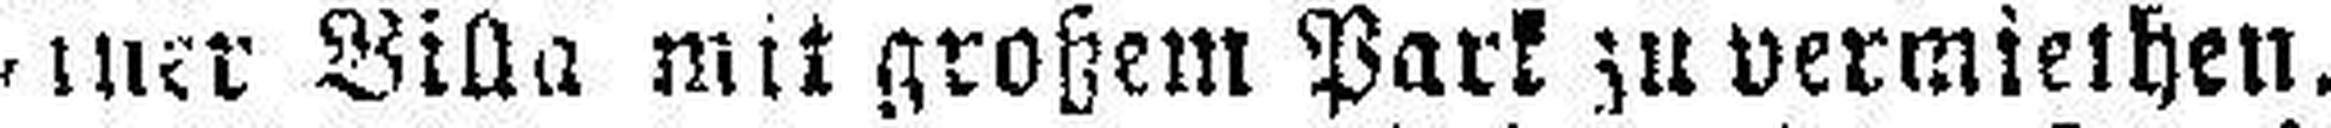
einer Villa mit großem Park zuvermiethen.